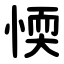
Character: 愞